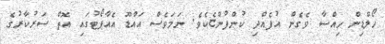
ހޯލްޑިން ހިއްސާ ވެގެން އުފެއްދި ކުންފުންޏެކެވެ. ނަމަވެސް އައްޑޫ އެއާޕޯޓުގައި އޮތް ސަރުކާރުގެ